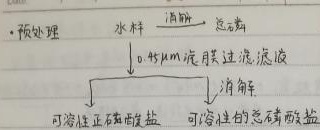
预处理水样 \(\xrightarrow{\text{消脂}}\) 总磷\\
\(0.45\ \mu m\) 滤膜过滤 滤液 \(\xrightarrow{\text{消解}}\) 可溶性正磷酸盐 可溶性的总磷酸盐